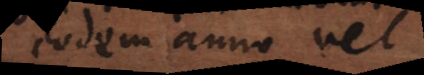
eodem anno vel